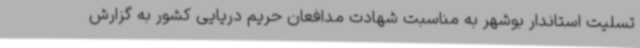
تسلیت استاندار بوشهر به مناسبت شهادت مدافعان حریم دریایی کشور به گزارش